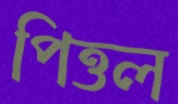
পিত্তল